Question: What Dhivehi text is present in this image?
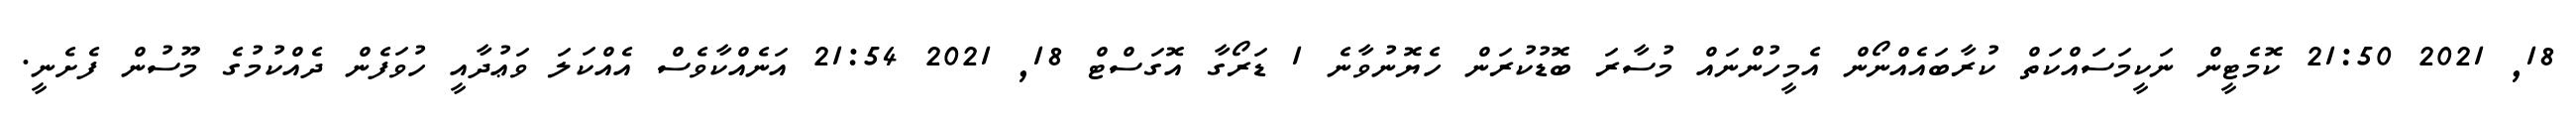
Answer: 18, 2021 21:50 ކޮމެޓީން ނަކީމަސައްކަތް ކުރާބައެއްނޯން އެމީހުންނައް މުސާރަ ބޮޑުކުރަން ހެޔޮނުވާނެ 1 ޑަރޯގާ އޮގަސްޓް 18, 2021 21:54 އަނެއްކާވެސް އެއްކަލަ ވަޢުދާއީ ހުވަފެން ދެއްކުމުގެ މޫސުން ފެށެނީ.